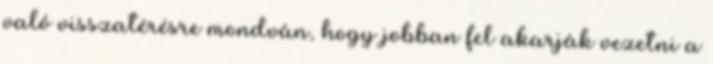
való visszatérésre mondván, hogy jobban fel akarják vezetni a